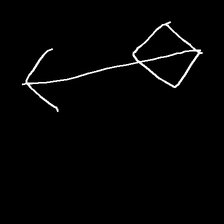
Glyph: focus